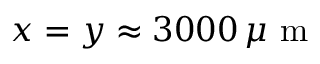
x = y \approx 3 0 0 0 \, \mu \mathrm { ~ m ~ }